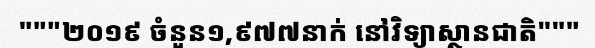
"""២០១៩ ចំនួន១,៩៧៧នាក់ នៅវិទ្យាស្ថានជាតិ"""